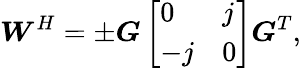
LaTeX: \boldsymbol{W}^{H}=\pm\boldsymbol{G}\left[\begin{array}{ll}{0}&{j}\\ {-j}&{0}\end{array}\right]\boldsymbol{G}^{T},